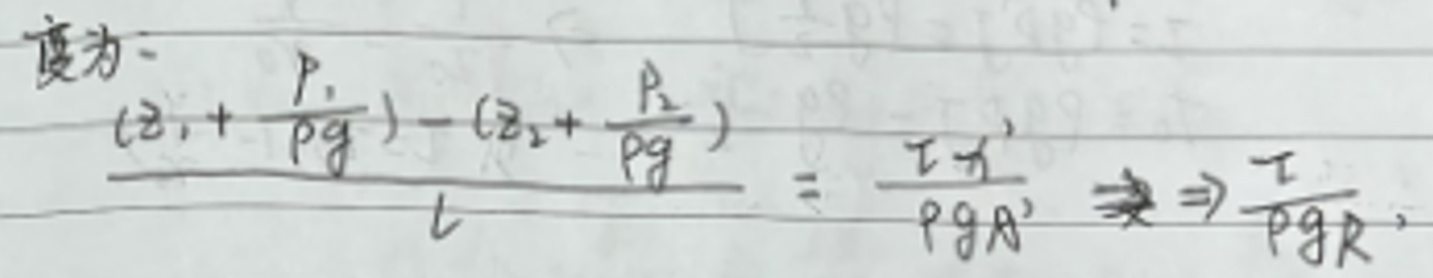
\[
\frac{\left(z_1+\frac{P_1}{\rho g}\right)-\left(z_2+\frac{P_2}{\rho g}\right)}{L}=\frac{H_f}{\rho g A}\Rightarrow\frac{H}{\rho g R}
\]